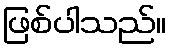
ဖြစ်ပါသည်။